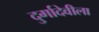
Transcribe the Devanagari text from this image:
दुर्गादेवीला